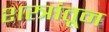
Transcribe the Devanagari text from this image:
शस्त्रांतून